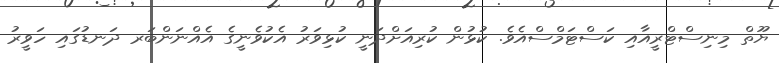
ޔޫތް މިނިސްޓްރީއާއި ކަސްޓަމްސްއެވެ. ކުޅުން ކުރިއަށްދަނީ ކުޅިވަރު އެކުވެނީގެ އެއްނަންބަރ ދަނޑުގައި ހަވީރު